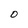
Character: 0